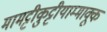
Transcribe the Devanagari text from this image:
मामट्टीकुट्टीयाम्माक्कू